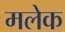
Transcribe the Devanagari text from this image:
मलेक